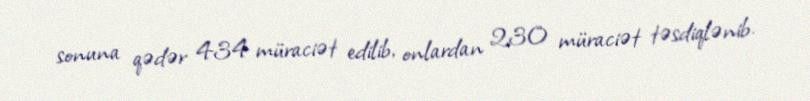
sonuna qədər 434 müraciət edilib, onlardan 230 müraciət təsdiqlənib.